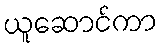
ယူဆောင်ကာ